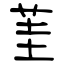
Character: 茥